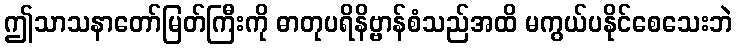
ဤသာသနာတော်မြတ်ကြီးကို ဓာတုပရိနိဗ္ဗာန်စံသည်အထိ မကွယ်ပနိုင်စေသေးဘဲ